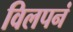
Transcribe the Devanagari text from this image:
विलपनं